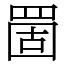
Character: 䍛